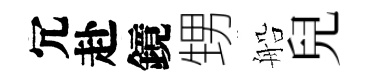
冗赴鏡甥船兒